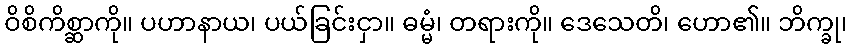
ဝိစိကိစ္ဆာကို။ ပဟာနာယ၊ ပယ်ခြင်းငှာ။ ဓမ္မံ၊ တရားကို။ ဒေသေတိ၊ ဟော၏။ ဘိက္ခု၊